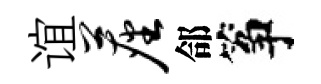
谊尘郃筝